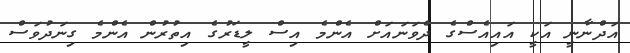
އަދްނާނީ އަކީ އައިއެސްގެ ދެވަނައަށް އެންމެ އިސް ލީޑަރުގެ އިތުރުން އެންމެ ގިނަދުވަސް